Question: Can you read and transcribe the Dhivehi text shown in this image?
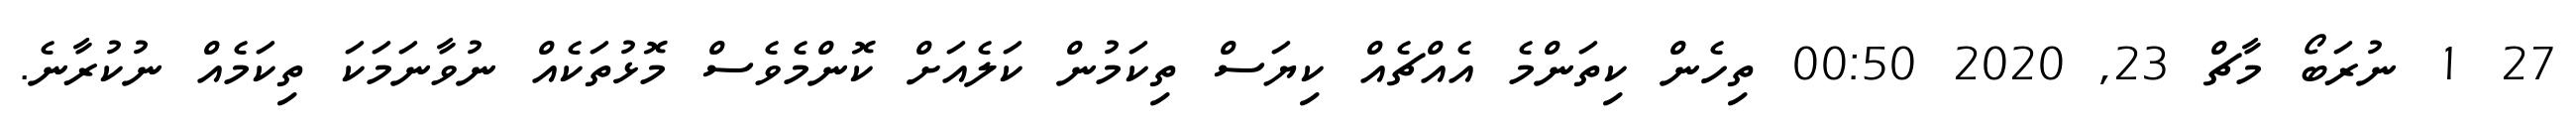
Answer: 27 1 ނުރަބޯ މާޗް 23, 2020 00:50 ތިހެން ކިތަންމެ އެއްޗެއް ކިޔަސް ތިކަމުން ކަލެއަށް ކޮންމެވެސް މޮޅުތަކެއް ނުވާނަމަކަ ތިކަމެއް ނުކުރާނެ.